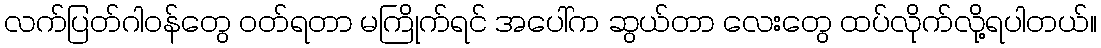
လက်ပြတ်ဂါဝန်တွေ ဝတ်ရတာ မကြိုက်ရင် အပေါ်က ဆွယ်တာ လေးတွေ ထပ်လိုက်လို့ရပါတယ်။